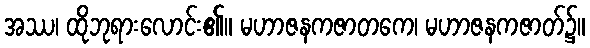
အဿ၊ ထိုဘုရားလောင်း၏။ မဟာဇနကဇာတကေ၊ မဟာဇနကဇာတ်၌။